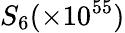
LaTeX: S_{6}(\times 10^{55})